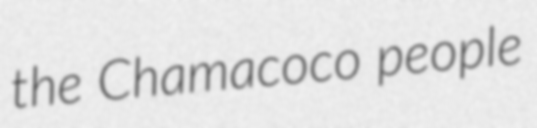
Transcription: the Chamacoco people